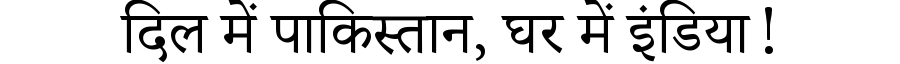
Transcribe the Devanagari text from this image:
दिल में पाकिस्तान, घर में इंडिया!